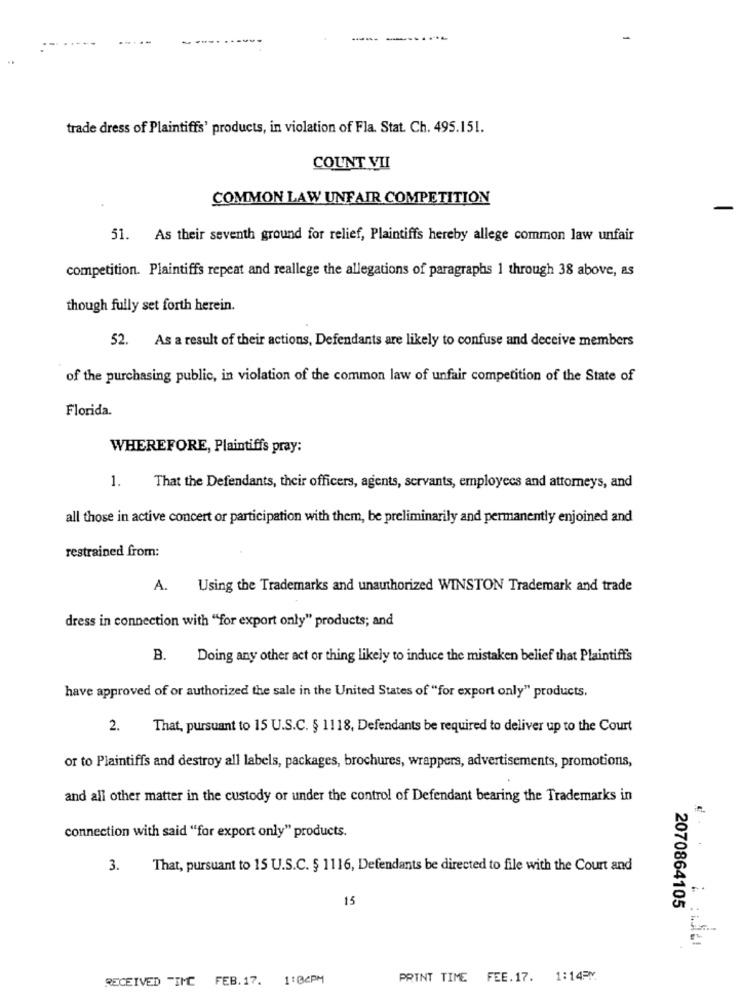
......
----
trade dress of Plaintiffs' products, in violation of Fla. Stat. Ch. 495.151.
COUNT VII
COMMON LAW UNFAIR COMPETITION
51. As their seventh ground for relief, Plaintiffs hereby allege common law unfair
competition. Plaintiffs repeat and reallege the allegations of paragraphs 1 through 38 above, as
though fully set forth herein.
52. As a result of their actions, Defendants are likely to confuse and deceive members
of the purchasing public, in violation of the common law of unfair competition of the State of
Florida.
WHEREFORE, Plaintiffs pray:
1.
That the Defendants, their officers, agents, servants, employees and attorneys, and
all those in active concert or participation with them, be preliminarily and permanently enjoined and
restrained from:
A.
Using the Trademarks and unauthorized WINSTON Trademark and trade
dress in connection with "for export only" products; and
B. Doing any other act or thing likely to induce the mistaken belief that Plaintiffs
have approved of or authorized the sale in the United States of "for export only" products.
2.
That, pursuant to 15 U.S.C. § 1118, Defendants be required to deliver up to the Court
or to Plaintiffs and destroy all labels, packages, brochures, wrappers, advertisements, promotions,
and all other matter in the custody or under the control of Defendant bearing the Trademarks in
connection with said "for export only" products.
3.
That, pursuant to 15 U.S.C. § 1116, Defendants be directed to file with the Court and
15
2070864105
RECEIVED "IMC FEB. 17.
1:04PM
PRINT TIME FEE.17. 1:14PM